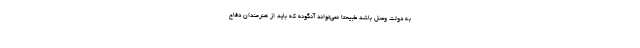
به دولت وصل باشد طبیعتا نمی‌تواند آنگونه که باید از هنرمندان دفاع